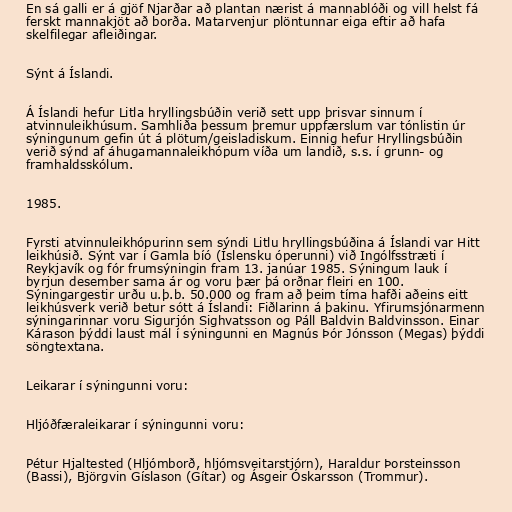
En sá galli er á gjöf Njarðar að plantan nærist á mannablóði og vill helst fá
ferskt mannakjöt að borða. Matarvenjur plöntunnar eiga eftir að hafa
skelfilegar afleiðingar.

Sýnt á Íslandi.

Á Íslandi hefur Litla hryllingsbúðin verið sett upp þrisvar sinnum í
atvinnuleikhúsum. Samhliða þessum þremur uppfærslum var tónlistin úr
sýningunum gefin út á plötum/geisladiskum. Einnig hefur Hryllingsbúðin
verið sýnd af áhugamannaleikhópum víða um landið, s.s. í grunn- og
framhaldsskólum.

1985.

Fyrsti atvinnuleikhópurinn sem sýndi Litlu hryllingsbúðina á Íslandi var Hitt
leikhúsið. Sýnt var í Gamla bíó (Íslensku óperunni) við Ingólfsstræti í
Reykjavík og fór frumsýningin fram 13. janúar 1985. Sýningum lauk í
byrjun desember sama ár og voru þær þá orðnar fleiri en 100.
Sýningargestir urðu u.þ.b. 50.000 og fram að þeim tíma hafði aðeins eitt
leikhúsverk verið betur sótt á Íslandi: Fiðlarinn á þakinu. Yfirumsjónarmenn
sýningarinnar voru Sigurjón Sighvatsson og Páll Baldvin Baldvinsson. Einar
Kárason þýddi laust mál í sýningunni en Magnús Þór Jónsson (Megas) þýddi
söngtextana.

Leikarar í sýningunni voru:

Hljóðfæraleikarar í sýningunni voru:

Pétur Hjaltested (Hljómborð, hljómsveitarstjórn), Haraldur Þorsteinsson
(Bassi), Björgvin Gíslason (Gítar) og Ásgeir Óskarsson (Trommur).